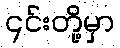
၎င်းတို့မှာ